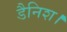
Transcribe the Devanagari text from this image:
डैनिश।